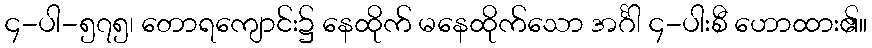
၄-ပါ-၅၇၅၊ တောရကျောင်း၌ နေထိုက် မနေထိုက်သော အင်္ဂါ ၄-ပါးစီ ဟောထား၏။